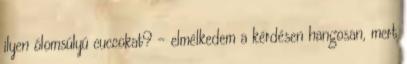
ilyen ólomsúlyú cuccokat? – elmélkedem a kérdésen hangosan, mert